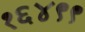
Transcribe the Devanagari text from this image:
१६४९९